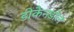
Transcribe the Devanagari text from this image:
डीकैनडोल